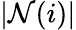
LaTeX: |\mathcal{N}(i)|